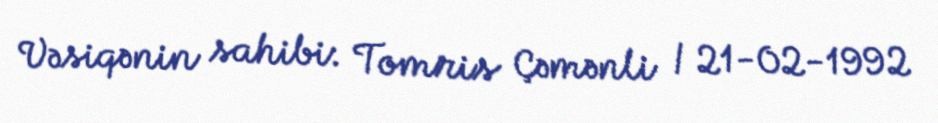
Vəsiqənin sahibi: Tomris Çəmənli / 21-02-1992